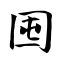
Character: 囤